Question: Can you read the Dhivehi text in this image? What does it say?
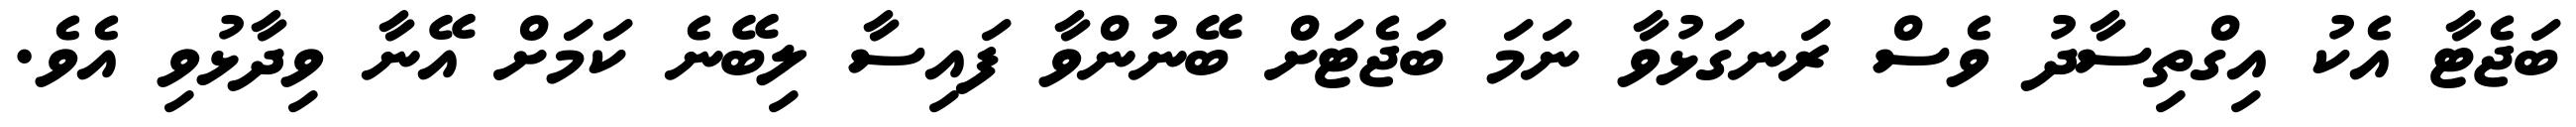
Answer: ބަޖެޓާ އެކު އިގްތިސާދު ވެސް ރަނގަޅުވާ ނަމަ ބަޖެޓަށް ބޭނުންވާ ފައިސާ ލިބޭނެ ކަމަށް އޭނާ ވިދާޅުވި އެވެ.